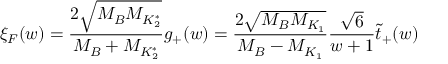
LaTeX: \xi _ { F } ( w ) = \frac { 2 \sqrt { M _ { B } M _ { K _ { 2 } ^ { * } } } } { M _ { B } + M _ { K _ { 2 } ^ { * } } } g _ { + } ( w ) = \frac { 2 \sqrt { M _ { B } M _ { K _ { 1 } } } } { M _ { B } - M _ { K _ { 1 } } } \frac { \sqrt { 6 } } { w + 1 } \tilde { t } _ { + } ( w )